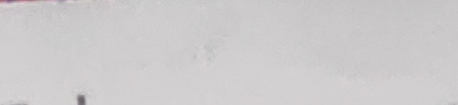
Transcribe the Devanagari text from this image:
क